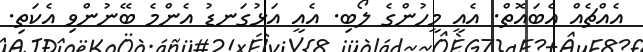
އެއްޗެއް އެބައޮތް. އެއީ މީހުންގެ ލޯބި. އެއީ އަޅުގަނޑު އެންމެ ބޭނުންވި އެކަތި.